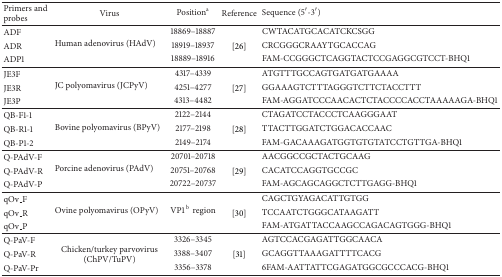
<table><thead><tr><td><b>Primers and probes</b></td><td><b>Virus</b></td><td><b>Position<sup>a</sup></b></td><td><b>Reference</b></td><td><b>Sequence (5′-3′)</b></td></tr></thead><tbody><tr><td>ADF</td><td rowspan="3">Human adenovirus (HAdV)</td><td>18869–18887</td><td> </td><td>CWTACATGCACATCKCSGG</td></tr><tr><td>ADR</td><td>18919–18937</td><td>[26]</td><td>CRCGGGCRAAYTGCACCAG</td></tr><tr><td>ADP1</td><td>18889–18916</td><td> </td><td>FAM-CCGGGCTCAGGTACTCCGAGGCGTCCT-BHQ1</td></tr><tr><td>JE3F</td><td rowspan="3">JC polyomavirus (JCPyV)</td><td>4317–4339</td><td> </td><td>ATGTTTGCCAGTGATGATGAAAA</td></tr><tr><td>JE3R</td><td>4251–4277</td><td>[27]</td><td>GGAAAGTCTTTAGGGTCTTCTACCTTT</td></tr><tr><td>JE3P</td><td>4313–4482</td><td> </td><td>FAM-AGGATCCCAACACTCTACCCCACCTAAAAAGA-BHQ1</td></tr><tr><td>QB-F1-1</td><td rowspan="3">Bovine polyomavirus (BPyV)</td><td>2122–2144</td><td> </td><td>CTAGATCCTACCCTCAAGGGAAT</td></tr><tr><td>QB-R1-1</td><td>2177–2198</td><td>[28]</td><td>TTACTTGGATCTGGACACCAAC</td></tr><tr><td>QB-P1-2</td><td>2149–2174</td><td> </td><td>FAM-GACAAAGATGGTGTGTATCCTGTTGA-BHQ1</td></tr><tr><td>Q-PAdV-F</td><td rowspan="3">Porcine adenovirus (PAdV)</td><td>20701–20718</td><td> </td><td>AACGGCCGCTACTGCAAG</td></tr><tr><td>Q-PAdV-R</td><td>20751–20768</td><td>[29]</td><td>CACATCCAGGTGCCGC</td></tr><tr><td>Q-PAdV-P</td><td>20722–20737</td><td> </td><td>FAM-AGCAGCAGGCTCTTGAGG-BHQ1</td></tr><tr><td>qOv_F</td><td rowspan="3">Ovine polyomavirus (OPyV)</td><td rowspan="3">VP1<sup>b</sup>region</td><td> </td><td>CAGCTGYAGACATTGTGG</td></tr><tr><td>qOv_R</td><td>[30]</td><td>TCCAATCTGGGCATAAGATT</td></tr><tr><td>qOv_P</td><td> </td><td>FAM-ATGATTACCAAGCCAGACAGTGGG-BHQ1</td></tr><tr><td>Q-PaV-F</td><td rowspan="3">Chicken/turkey parvovirus (ChPV/TuPV)</td><td>3326–3345</td><td> </td><td>AGTCCACGAGATTGGCAACA</td></tr><tr><td>Q-PaV-R</td><td>3388–3407</td><td>[31]</td><td>GCAGGTTAAAGATTTTCACG</td></tr><tr><td>Q-PaV-Pr</td><td>3356–3378</td><td> </td><td>6FAM-AATTATTCGAGATGGCGCCCACG-BHQ1</td></tr></tbody></table>